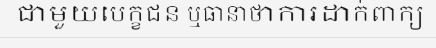
ជាមួយបេក្ខជន ឬធានាថាការដាក់ពាក្យ